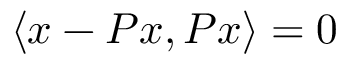
\langle x - P x , P x \rangle = 0